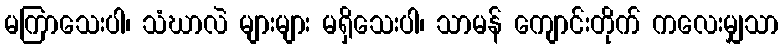
မကြာသေးပါ၊ သံဃာလဲ များများ မရှိသေးပါ၊ သာမန် ကျောင်းတိုက် ကလေးမျှသာ